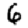
Digit: 6